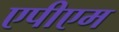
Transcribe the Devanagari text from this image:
एपीएम